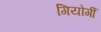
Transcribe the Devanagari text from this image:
गियोर्गी